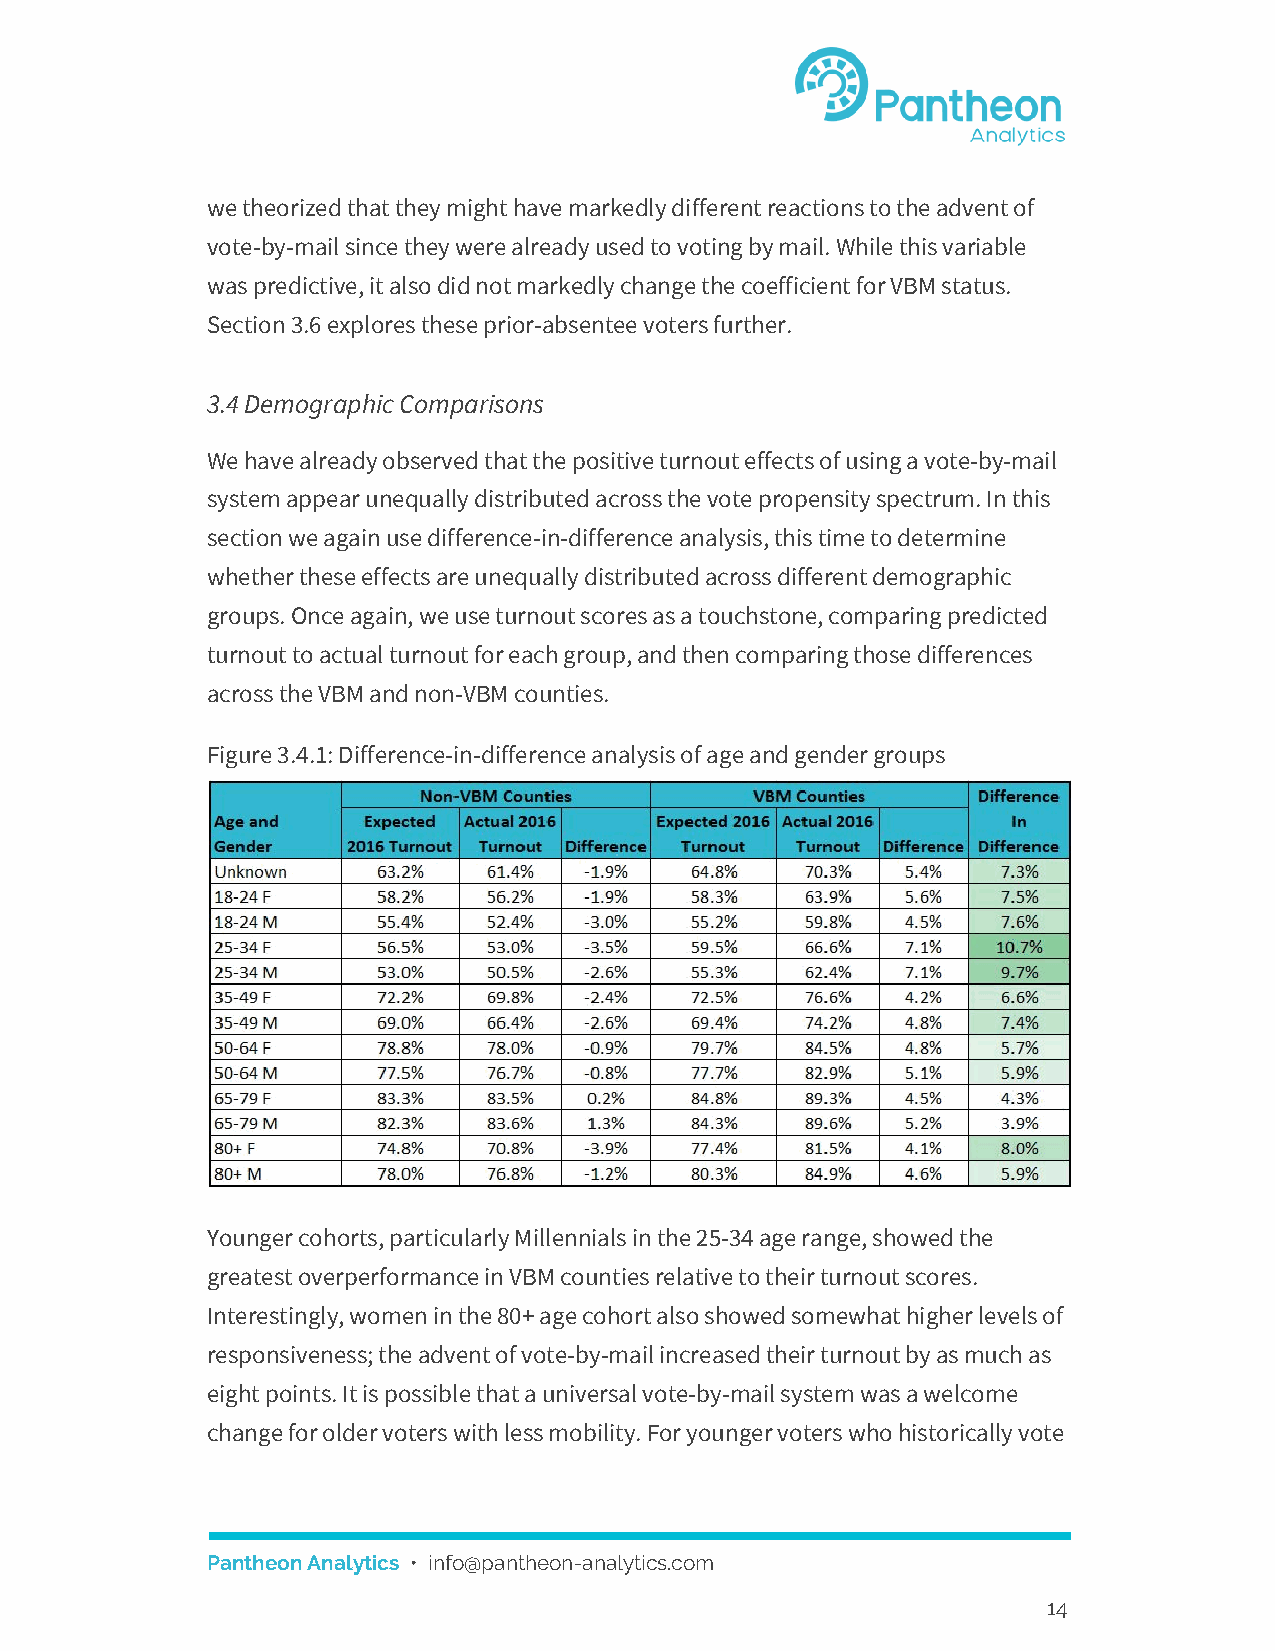
we theorized that they might have markedly different reactions to the advent of
 vote-by-mail since they were already used to voting by mail. While this variable
 was predictive, it also did not markedly change the coefficient for VBM status.
 Section 3.6 explores these prior-absentee voters further.
 3.4 Demographic Comparisons
 We have already observed that the positive turnout effects of using a vote-by-mail
 system appear unequally distributed across the vote propensity spectrum. In this
 section we again use difference-in-difference analysis, this time to determine
 whether these effects are unequally distributed across different demographic
 groups. Once again, we use turnout scores as a touchstone, comparing predicted
 turnout to actual turnout for each group, and then comparing those differences
 across the VBM and non-VBM counties.
 Figure 3.4.1: Difference-in-difference analysis of age and gender groups
 Younger cohorts, particularly Millennials in the 25-34 age range, showed the
 greatest overperformance in VBM counties relative to their turnout scores.
 Interestingly, women in the 80+ age cohort also showed somewhat higher levels of
 responsiveness; the advent of vote-by-mail increased their turnout by as much as
 eight points. It is possible that a universal vote-by-mail system was a welcome
 change for older voters with less mobility. For younger voters who historically vote
 Pantheon Analytics • info@pantheon-analytics.com
 ​
 14